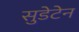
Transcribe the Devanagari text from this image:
सुडेटेन